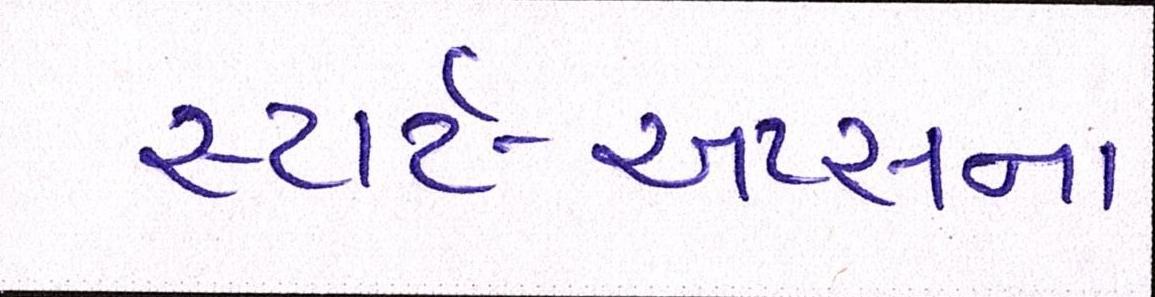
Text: સ્ટાર્ટ-અપ્સના